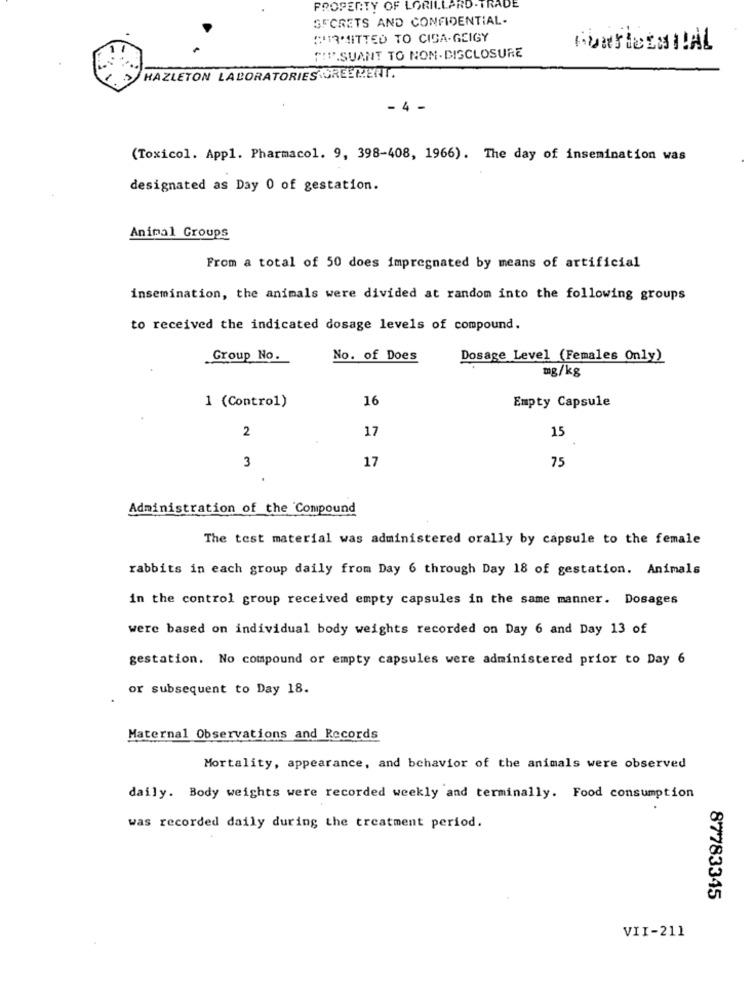
PROPERTY OF LORILLARD-TRADE
SECRETS AND CONFIDENTIAL.
(13MITTED TO CIBA-GEIGY
THU.SUANT TO NON-DISCLOSURE
HAZLETON LABORATORIES GREEMERT.
- 4 -
(Toxicol. App1. Pharmacol. 9, 398-408, 1966). The day of insemination was
designated as Day 0 of gestation.
Animal Groups
From a total of 50 does impregnated by means of artificial
insemination, the animals were divided at random into the following groups
to received the indicated dosage levels of compound.
Group No.
No. of Does
Dosage Level (Females Only)
mg/kg
16
Empty Capsule
1 (Control)
2
17
15
3
17
75
Administration of the Compound
The test material was administered orally by capsule to the female
rabbits in each group daily from Day 6 through Day 18 of gestation. Animals
in the control group received empty capsules in the same manner. Dosages
were based on individual body weights recorded on Day 6 and Day 13 of
gestation. No compound or empty capsules were administered prior to Day 6
or subsequent to Day 18.
Maternal Observations and Records
Mortality, appearance, and behavior of the animals were observed
daily. Body weights were recorded weekly and terminally. Food consumption
was recorded daily during the treatment period.
87783345
VII-211